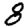
Digit: 8